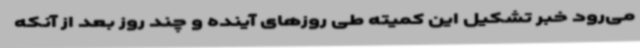
می‌رود خبر تشکیل این کمیته طی روزهای آینده و چند روز بعد از آنکه